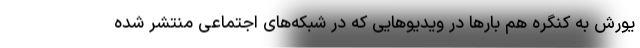
یورش به کنگره هم بارها در ویدیوهایی که در شبکه‌های اجتماعی منتشر شده